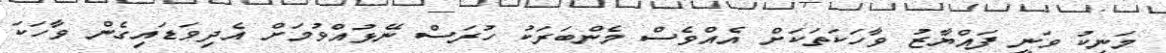
މަނިކު ވަނީ ފައްޔާޒު ވާހަކަތަކަށް އެއްވެސް މެންބަރަކު ހުރަސް ނޭޅުއްވުމަށް އެދިވަޑައިގެން ވާހަކަ